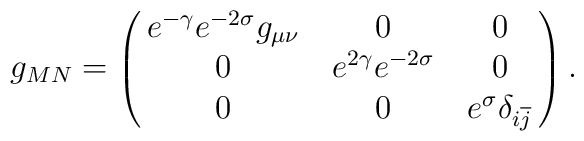
g_{MN} = \pmatrix{e^{-\gamma} e^{-2\sigma} g_{\mu\nu} & 0 & 0 \cr 0 & e^{2\gamma} e^{-2\sigma} & 0 \cr0 & 0 & e^{\sigma} \delta_{i\overline j} \cr}.